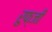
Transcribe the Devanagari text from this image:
रुफ्जी